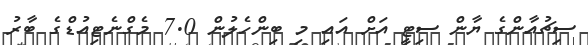
ސިޗުއާންގެ ޔާން ސިޓީ އަށް އައި މި ބިންހެލުން 7.0 މެގްނެޓިއުޑްގެ ބާރު